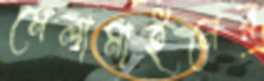
মেলামাইনের